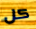
كل